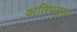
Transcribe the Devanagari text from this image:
अतिप्रमुख